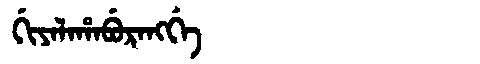
Manchu: ᡤᡳᠶᠠᠯᠠᡥᠠᠪᡠᡵᠠᠩᡤᡝ
Romanization: GIYALAHABURANGGE